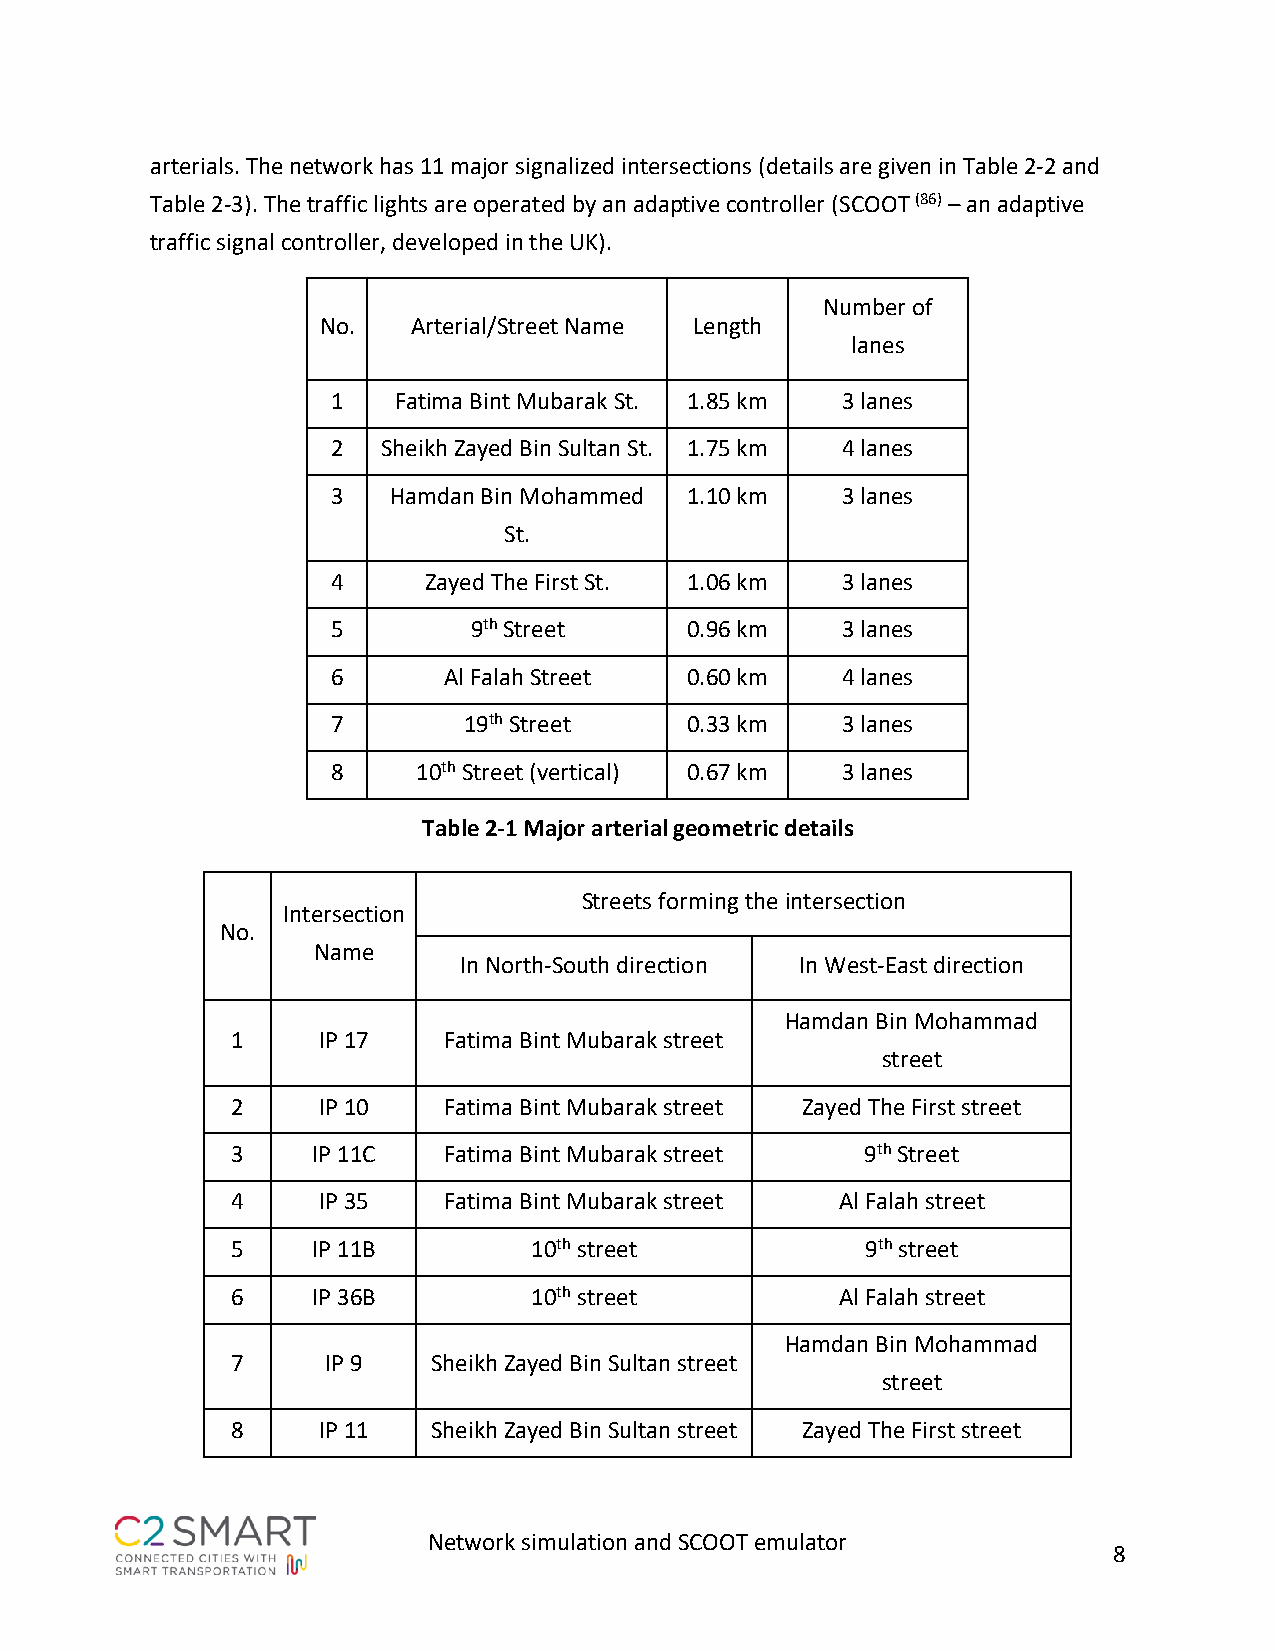
arterials. The network has 11 major signalized intersections (details are given in Table 2-2 and
 Table 2-3). The traffic lights are operated by an adaptive controller (SCOOT (86) – an adaptive
 traffic signal controller, developed in the UK).
 Number of
 No.   Arterial/Street Name Length
 lanes
 1   Fatima Bint Mubarak St. 1.85 km 3 lanes
 2  Sheikh Zayed Bin Sultan St. 1.75 km 4 lanes
 3   Hamdan Bin Mohammed 1.10 km   3 lanes
 St.
 4     Zayed The First St. 1.06 km 3 lanes
 5        9th Street    0.96 km    3 lanes
 6      Al Falah Street 0.60 km    4 lanes
 7        19th Street   0.33 km    3 lanes
 8     10th Street (vertical) 0.67 km 3 lanes
 Table 2-1 Major arterial geometric details
 Streets forming the intersection
 Intersection
 No.
 Name
 In North-South direction In West-East direction
 Hamdan Bin Mohammad
 1     IP 17   Fatima Bint Mubarak street
 street
 2     IP 10   Fatima Bint Mubarak street Zayed The First street
 3     IP 11C  Fatima Bint Mubarak street  9th Street
 4     IP 35   Fatima Bint Mubarak street Al Falah street
 5     IP 11B        10th street           9th street
 6     IP 36B        10th street          Al Falah street
 Hamdan Bin Mohammad
 7      IP 9   Sheikh Zayed Bin Sultan street
 street
 8     IP 11   Sheikh Zayed Bin Sultan street Zayed The First street
 Network simulation and SCOOT emulator
 8